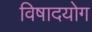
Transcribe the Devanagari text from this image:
विषादयोग